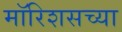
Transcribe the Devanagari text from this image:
मॉरिशसच्या